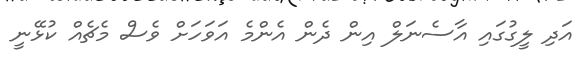
އަދި ލީގުގައި އާސެނަލް އިން ދެން އެންމެ އަވަހަށް ވެސް މެޗެއް ކުޅޭނީ